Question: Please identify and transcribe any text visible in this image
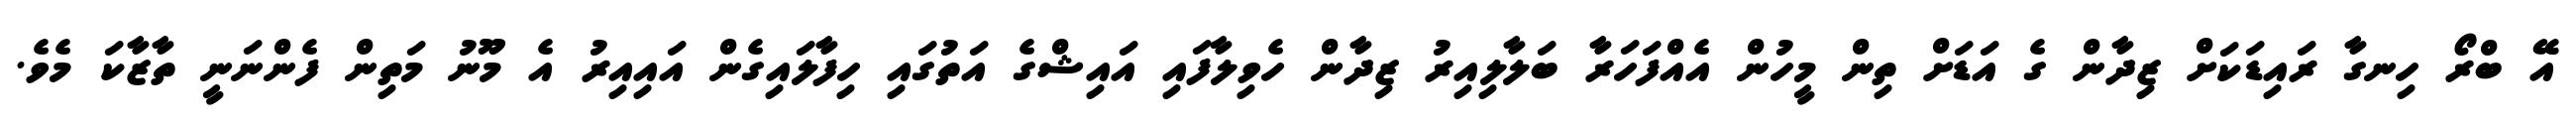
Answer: އޭ ބްރޯ ހިނގާ ރައިޑަކަށް ޒިދާން ގެ އަޑަށް ތިން މީހުން އެއްފަހަރާ ބަލާލިއިރު ޒިދާން ހެވިލާފައި އައިޝްގެ އަތުގައި ހިފާލައިގެން އައިއިރު އެ މޫނު މަތިން ފެންނަނީ ތާޒާކަ މެވެ.